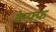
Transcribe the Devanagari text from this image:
बेन्फ्फ़